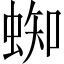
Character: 蜘